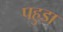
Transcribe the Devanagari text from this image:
पहुडा